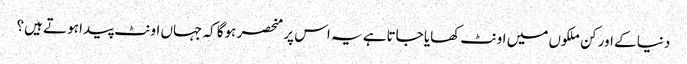
دنیا کے اور کن ملکوں میں اونٹ کھایا جاتاہے یہ اس پر منحصر ہوگا کہ جہاں اونٹ پیدا ہوتے ہیں؟